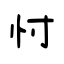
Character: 忖